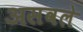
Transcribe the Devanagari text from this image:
असवले